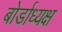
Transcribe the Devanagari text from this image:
बोर्डाध्यक्ष